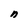
Character: n